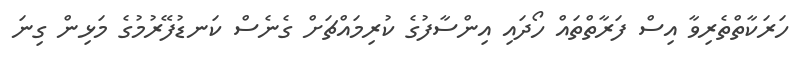
ހަރަކާތްތެރިވާ އިސް ފަރާތްތައް ހޯދައި އިންސާފުގެ ކުރިމައްޗަށް ގެނެސް ކަނޑުފޭރުމުގެ މަޅިން ގިނަ